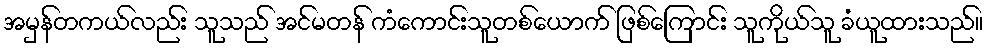
အမှန်တကယ်လည်း သူသည် အင်မတန် ကံကောင်းသူတစ်ယောက် ဖြစ်ကြောင်း သူကိုယ်သူ ခံယူထားသည်။